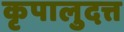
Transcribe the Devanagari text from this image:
कृपालुदत्त